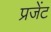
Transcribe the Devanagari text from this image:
प्रजेंट